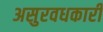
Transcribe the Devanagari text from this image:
असुरवधकारी